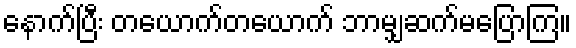
နောက်ပြီး တယောက်တယောက် ဘာမျှဆက်မပြောကြ။